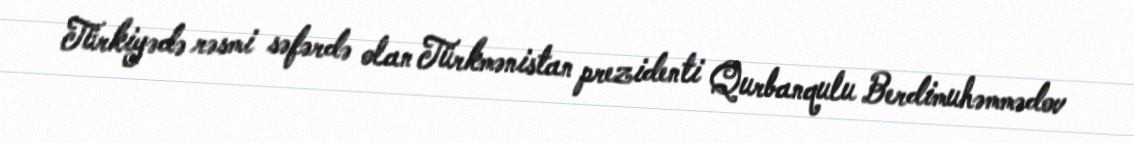
Türkiyədə rəsmi səfərdə olan Türkmənistan prezidenti Qurbanqulu Berdimuhəmmədov